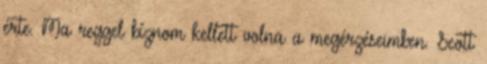
érte. Ma reggel bíznom kellett volna a megérzéseimben. Scott